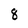
Character: 8